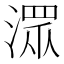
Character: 潀